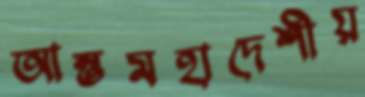
আন্তমহাদেশীয়